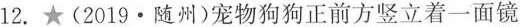
12.★(2019·随州)宠物狗狗正前方竖立着一面镜